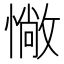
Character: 𢠵